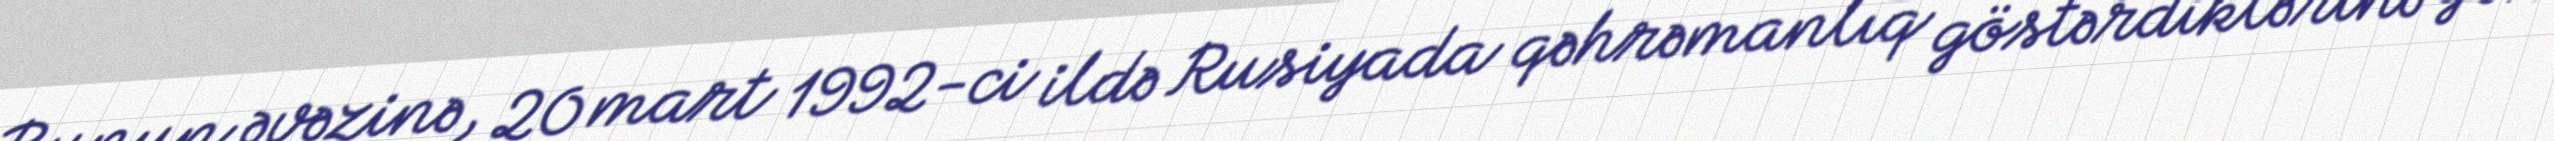
Bunun əvəzinə, 20 mart 1992-ci ildə Rusiyada qəhrəmanlıq göstərdiklərinə görə